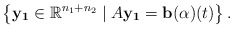
\begin{align*} \left\{ \mathbf{y_1} \in \mathbb{R}^{n_1+n_2} \mid A \mathbf{y_1} = \mathbf{b}(\alpha)(t) \right\}. \end{align*}